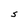
Character: S